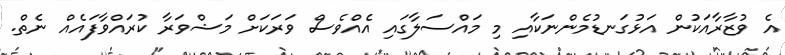
އެ ވުޒާރާއަކުން އަޅުގަނޑުމެންނަކާއި މި މައްސަލާގައި އެއްވެސް ވަރަކަށް މަޝްވަރާ ކުރައްވާފައެއް ނެތް.